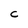
Character: C